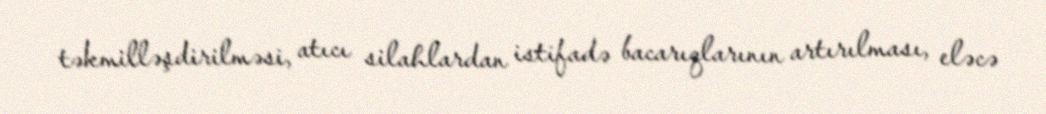
təkmilləşdirilməsi, atıcı silahlardan istifadə bacarıqlarının artırılması, eləcə